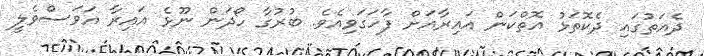
ދެއަތުގައި ދެކޮތަޅު އޮތްކަން އައިރާއަށް ފާހަގަވިއެވެ. ބުރުގާ ހޯދަން ނޫޅެ އައިރާ އަވަސްވެލީ